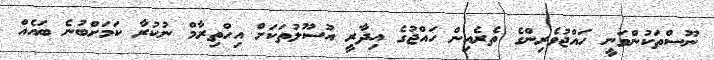
ނޫސްތަކުންވަނީ ހައްޖުވެރިންގެ ތެރެއިން ހައްޖުގެ އިދާރީ އުސޫލުތަކަށް އިހްތިރާމް ނުކުރާ ކަމަށްބުނެ ބައެއް